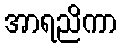
အာရညိကာ